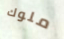
ملوك